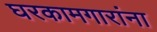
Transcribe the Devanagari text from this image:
घरकामगारांना